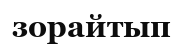
зорайтып